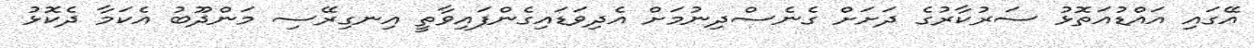
އޭގައި އައްޑުއަތޮޅު ސަރުކާރުގެ ދަށަށް ގެނެސްދިނުމަށް އެދިވަޑައިގެންފައިވާތީ އިނގިރޭސި މަންދޫބު އެކަމާ ދެކޮޅު